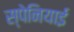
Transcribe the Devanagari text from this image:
स्‍पेनियाई